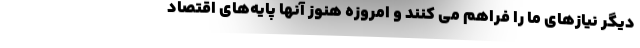
دیگر نیازهای ما را فراهم می کنند و امروزه هنوز آنها پایه‌های اقتصاد